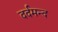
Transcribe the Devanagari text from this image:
दर्दमन्द